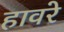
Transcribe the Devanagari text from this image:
हावरे